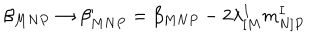
\beta _ { M N P } \rightarrow \beta _ { M N P } ^ { \prime } = \beta _ { M N P } - 2 \lambda _ { [ M } ^ { I } m _ { N ] P } ^ { I }